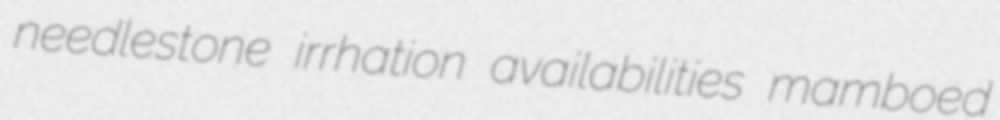
needlestone irrhation availabilities mamboed